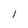
Character: l